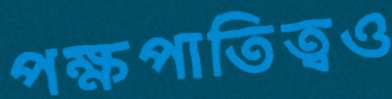
পক্ষপাতিত্বও